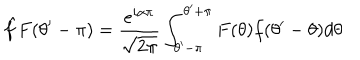
\hat { f } F ( \theta ^ { \prime } - \pi ) = \displaystyle \frac { e ^ { i \alpha \pi } } { \sqrt { 2 \pi } } \int _ { \theta ^ { \prime } - \pi } ^ { \theta ^ { \prime } + \pi } F ( \theta ) f ( \theta ^ { \prime } - \theta ) d \theta